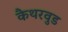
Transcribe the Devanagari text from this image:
कैथरवुड